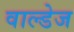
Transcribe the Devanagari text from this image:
वाल्डेज